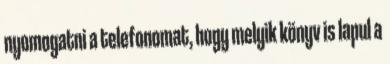
nyomogatni a telefonomat, hogy melyik könyv is lapul a